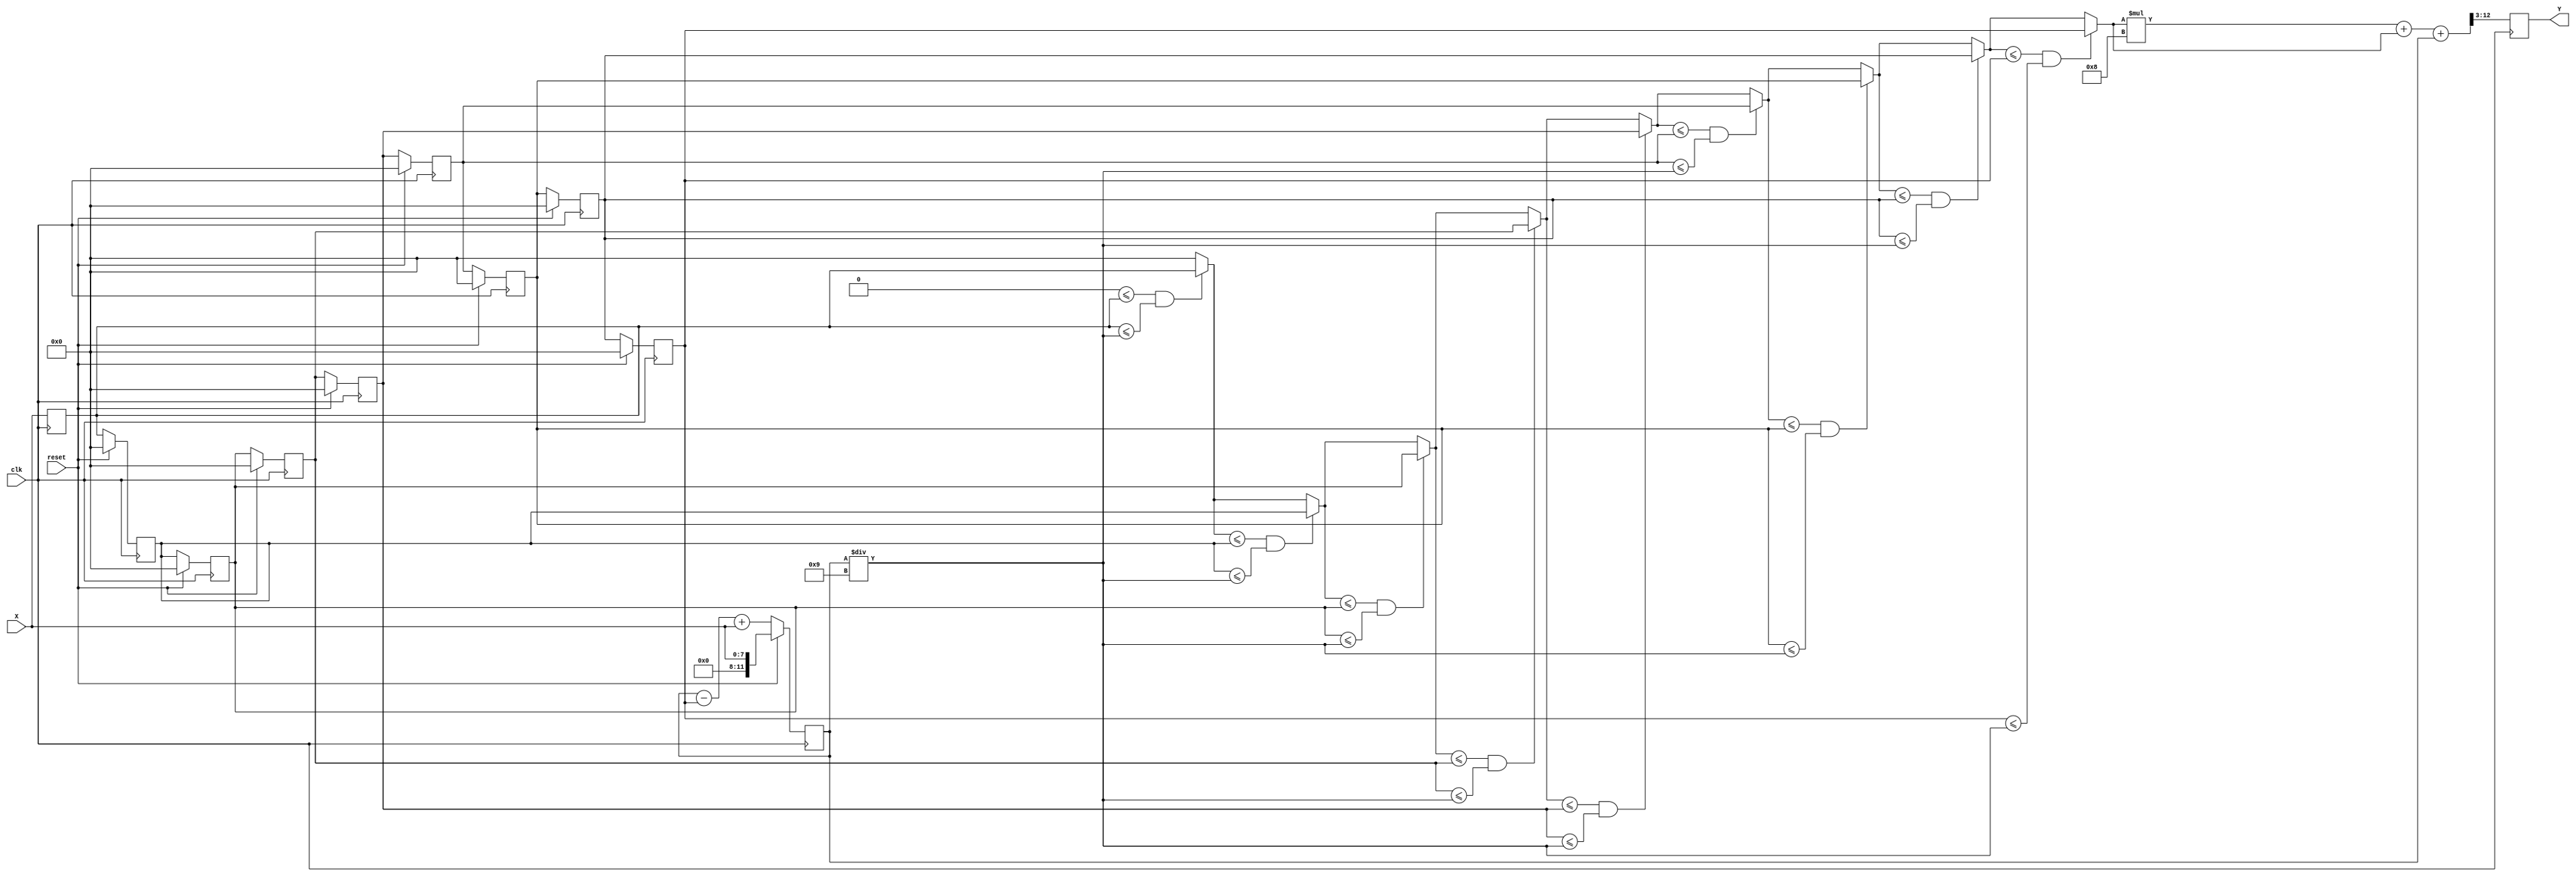
 `timescale 1ns/10ps
/*
 * IC Contest Computational System (CS)
*/
module CS(Y, X, reset, clk);
input clk, reset; 
input [7:0] X;
output reg [9:0] Y;

reg [7:0] data [8:0];
reg [11:0] sum ;
reg [7:0] Xappr;
integer i ;

always@(posedge clk)begin
   data[0] <= X;  // read data
   if(reset)begin
       sum <= X;
       for ( i = 1 ; i < 9 ; i = i + 1)
              data[i] <= 0;
   end
   else begin 
        sum  <=  sum - data[8] + X;                
        for ( i = 0 ; i < 8 ; i = i + 1)// shift
              data[i+1] <= data [i];                    
   end                  
end

always@(*)begin  // output logic  
   Xappr = 0;
   for ( i = 0 ; i < 9 ; i = i + 1)
      if( Xappr <= data[i] & data[i] <= (sum/9) )
           Xappr = data[i];  
end  

always@(negedge clk )begin  // output logic ( hold time  setup time)
   Y <= ((Xappr *8) + Xappr  + sum) >> 3 ;  // Y =  (Xappr * 9 + sum ) / 8 
end
  
endmodule

// compile        time: 10   area: 13424.736616